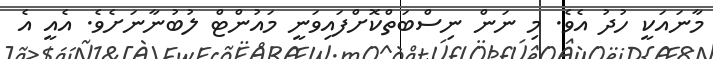
މާނައަކީ ހުދު އެވެ. މި ނަން ނިސްބަތްކޮށްފައިވަނީ މައުުންޓް ލުބުނާނަށެވެ. އެއީ އެ